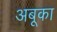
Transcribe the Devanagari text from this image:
अबूका